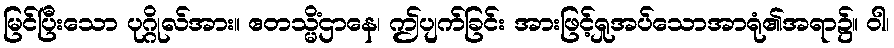
မြင်ပြီးသော ပုဂ္ဂိုလ်အား။ ဧတသ္မိံဌာနေ၊ ဤပျက်ခြင်း အားဖြင့်ရှုအပ်သောအာရုံ၏အရာ၌။ ဝါ၊